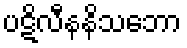
ပဋိလီနနိသဘော